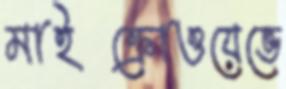
মাইক্রোওয়েভে